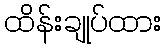
ထိန်းချုပ်ထား